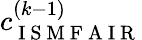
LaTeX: c_{\mathrm{~I~S~M~F~A~I~R~}}^{(k-1)}